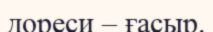
дореси – ғасыр.